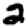
Digit: 2